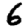
Digit: 6